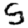
Digit: 5